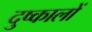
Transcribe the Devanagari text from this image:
दुष्कालों